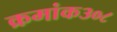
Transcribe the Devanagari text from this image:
क्रमांक३०८